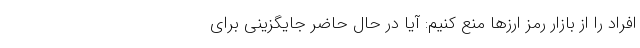
افراد را از بازار رمز ارزها منع کنیم: آیا در حال حاضر جایگزینی برای